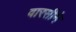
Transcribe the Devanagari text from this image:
वारसीने